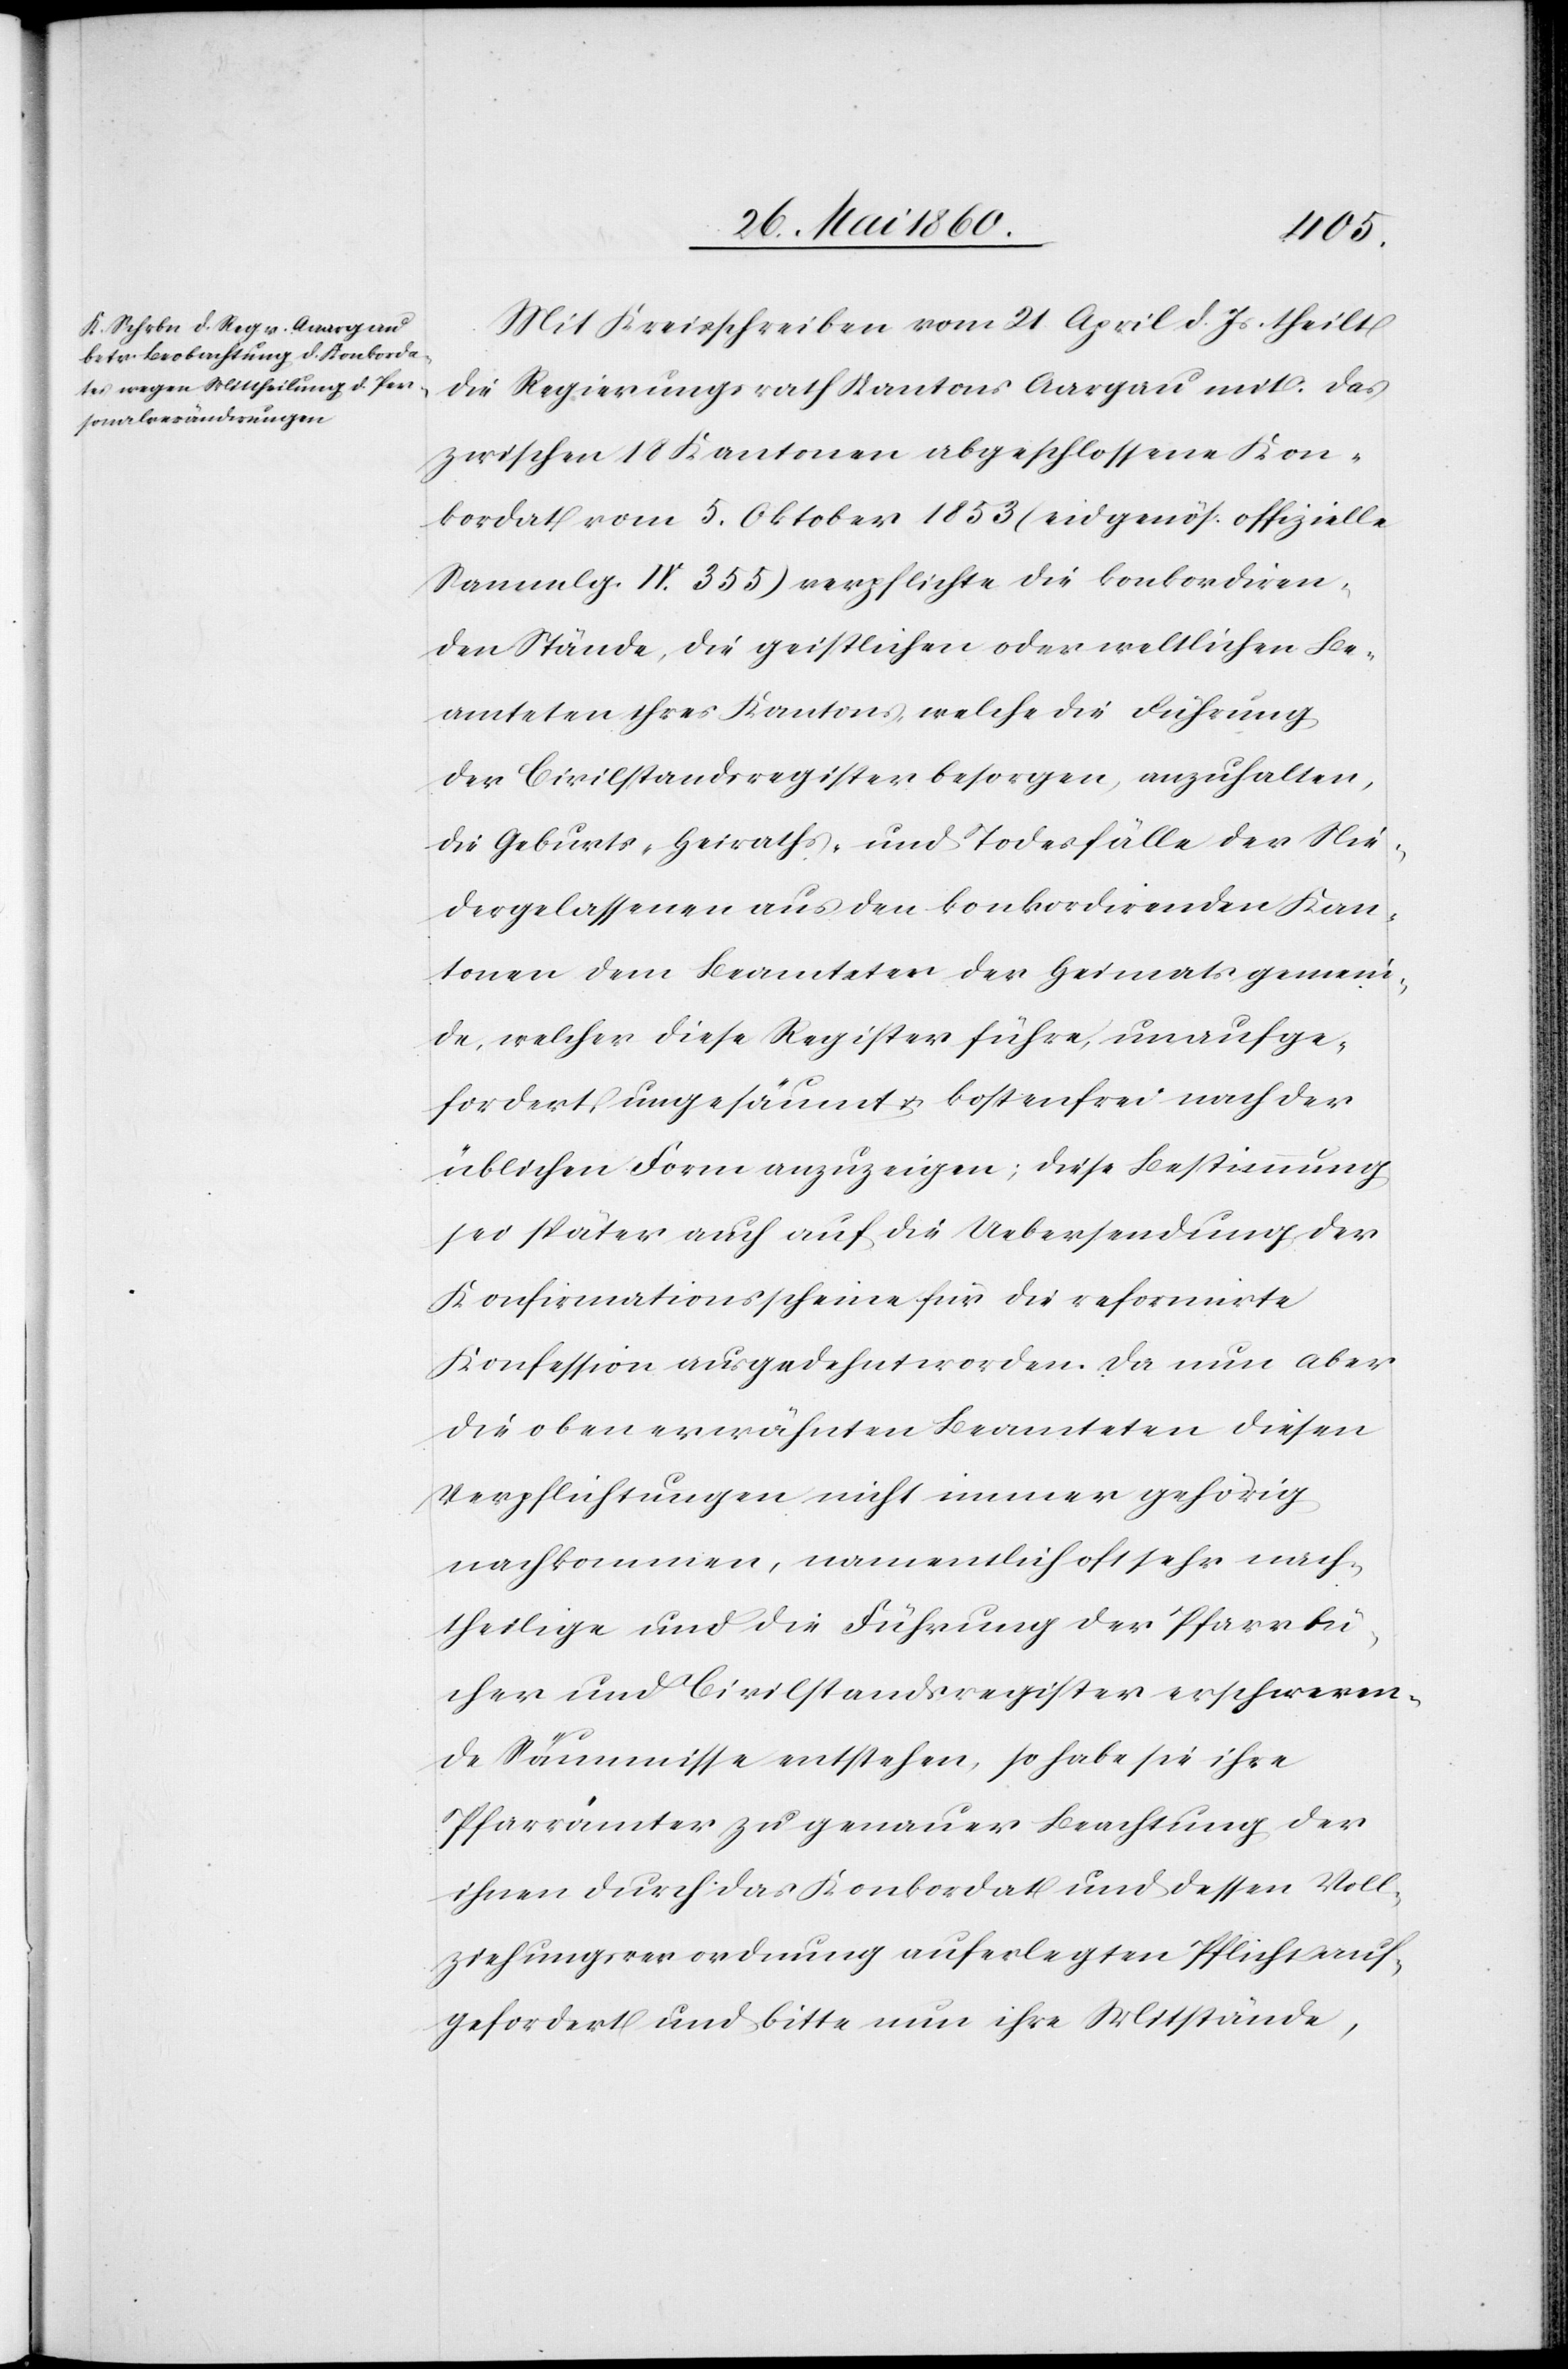
Mit Kreisschreiben vom 21. April d. Js. theilt
der Regierungsrath Kantons Aargau mit: Das
zwischen 18 Kantonen abgeschlossene Kon¬
kordat vom 5. Oktober 1853 (eidgenös. offizielle
Sammlg. IV. 355) verpflichte die konkordiren¬
den Stände, die geistlichen oder weltlichen Be¬
amteten ihres Kantons, welche die Führung
der Civilstandsregister besorgen, anzuhalten,
die Geburts- Heiraths- und Todesfälle der Nie¬
dergelassenen aus den konkordirenden Kan¬
tonen dem Beamteten der Heimatsgemein¬
de, welcher diese Register führe, unaufge¬
fordert, ungesäumt u. kostenfrei nach der
üblichen Form anzuzeigen; diese Bestimmung
sei später auch auf die Uebersendung der
Konfirmationsscheine für die reformirte
Konfession ausgedehnt worden. Da nun aber
die oben erwähnten Beamteten diesen
Verpflichtungen nicht immer gehörig
nachkommen, namentlich oft sehr nach¬
theilige und die Führung der Pfarrbü¬
cher und Civilstandesregister erschweren¬
de Säumnisse entstehen, so habe sie ihre
Pfarrämter zu genauer Beachtung der
ihnen durch das Konkordat und dessen Voll¬
ziehungsverordnung auferlegten Pflicht auf¬
gefordert und bitte nun ihre Mitstände,